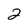
Character: 2